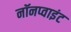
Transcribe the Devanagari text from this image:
नॉनप्वाइंट